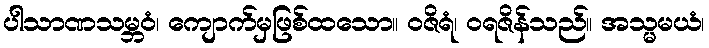
ပါသာဏသမ္ဘဝံ၊ ကျောက်မှဖြစ်ထသော။ ဝဇိရံ၊ ဝရဇိန်သည်။ အသ္မမယံ၊